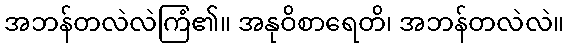
အဘန်တလဲလဲကြံ၏။ အနုဝိစာရေတိ၊ အဘန်တလဲလဲ။